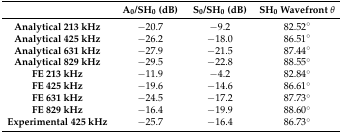
<table><thead><tr><td></td><td><b>A<sub>0</sub>/SH<sub>0</sub> (dB)</b></td><td><b>S<sub>0</sub>/SH<sub>0</sub> (dB)</b></td><td><b>SH<sub>0</sub> Wavefront <i>θ</i></b></td></tr></thead><tbody><tr><td><b>Analytical 213 kHz</b></td><td>−20.7</td><td>−9.2</td><td>82.52°</td></tr><tr><td><b>Analytical 425 kHz</b></td><td>−26.2</td><td>−18.0</td><td>86.51°</td></tr><tr><td><b>Analytical 631 kHz</b></td><td>−27.9</td><td>−21.5</td><td>87.44°</td></tr><tr><td><b>Analytical 829 kHz</b></td><td>−29.5</td><td>−22.8</td><td>88.55°</td></tr><tr><td><b>FE 213 kHz</b></td><td>−11.9</td><td>−4.2</td><td>82.84°</td></tr><tr><td><b>FE 425 kHz</b></td><td>−19.6</td><td>−14.6</td><td>86.61°</td></tr><tr><td><b>FE 631 kHz</b></td><td>−24.5</td><td>−17.2</td><td>87.73°</td></tr><tr><td><b>FE 829 kHz</b></td><td>−16.4</td><td>−19.9</td><td>88.60°</td></tr><tr><td><b>Experimental 425 kHz</b></td><td>−25.7</td><td>−16.4</td><td>86.73°</td></tr></tbody></table>